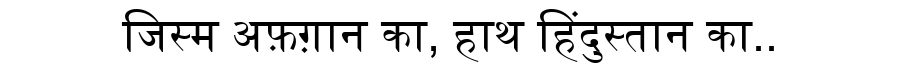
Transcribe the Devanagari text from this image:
जिस्म अफ़ग़ान का, हाथ हिंदुस्तान का..